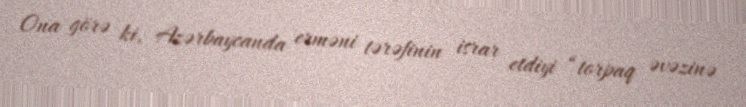
Ona görə ki, Azərbaycanda erməni tərəfinin israr etdiyi “torpaq əvəzinə